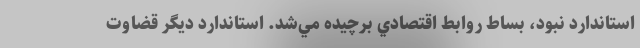
استاندارد نبود، بساط روابط اقتصادي برچيده مي‌شد. استاندارد ديگر قضاوت